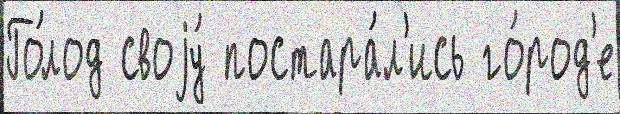
Го́лод своjу́ постара́л'ись го́род'е